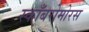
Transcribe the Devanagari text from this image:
स्काँबरोमोरस